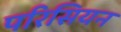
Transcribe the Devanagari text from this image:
परिसियन